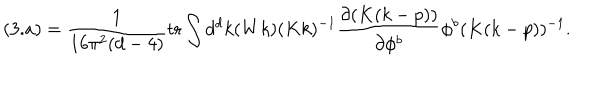
LaTeX: ( 3 . a ) = \frac { 1 } { 1 6 \pi ^ { 2 } ( d - 4 ) } \mathrm { t r } \int d ^ { d } k ( W k ) ( K k ) ^ { - 1 } \frac { \partial ( K ( k - p ) ) } { \partial \phi ^ { b } } \phi ^ { b } ( K ( k - p ) ) ^ { - 1 } .